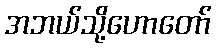
အဘယ်သို့ဟောတော်